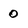
Character: 0